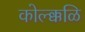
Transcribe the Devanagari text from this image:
कोल्क्कळि